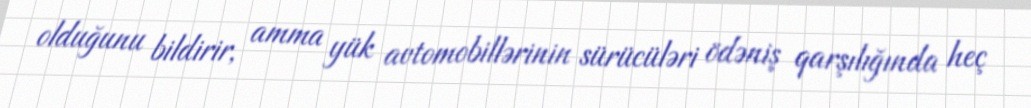
olduğunu bildirir, amma yük avtomobillərinin sürücüləri ödəniş qarşılığında heç